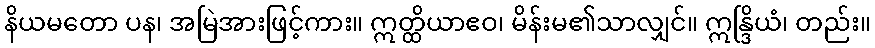
နိယမတော ပန၊ အမြဲအားဖြင့်ကား။ ဣတ္ထိယာဧဝ၊ မိန်းမ၏သာလျှင်။ ဣန္ဒြိယံ၊ တည်း။